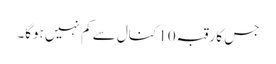
جس کا رقبہ 10 کنال سے کم نہیں ہوگا۔